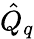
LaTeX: \hat{Q}_{q}